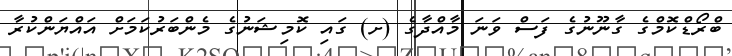
ބްރޯޑްކޮމްގެ ގާނޫނުގެ ފަސް ވަނަ މާއްދާގެ (ށ) ގައި ކޮމިޝަނުގެ މެންބަރުކަމަށް އައްޔަންކުރާ